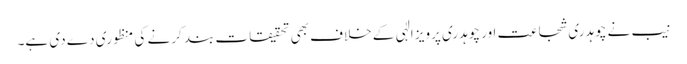
نیب نے چوہدری شجاعت اور چوہدری پرویز الٰہی کے خلاف بھی تحقیقات بند کرنے کی منظوری دے دی ہے۔